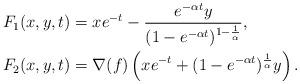
LaTeX: \begin{align*}& F_1(x,y,t) = x e^{-t} - \frac{e^{-\alpha t}y}{(1-e^{- \alpha t})^{1 - \frac{1}{\alpha}}} , \\& F_2(x,y,t) = \nabla(f) \left(xe^{-t} + (1- e^{-\alpha t})^{\frac{1}{\alpha}} y\right).\end{align*}